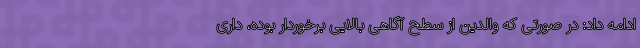
ادامه داد: در صورتی که والدین از سطح آگاهی بالایی برخوردار بوده، داری